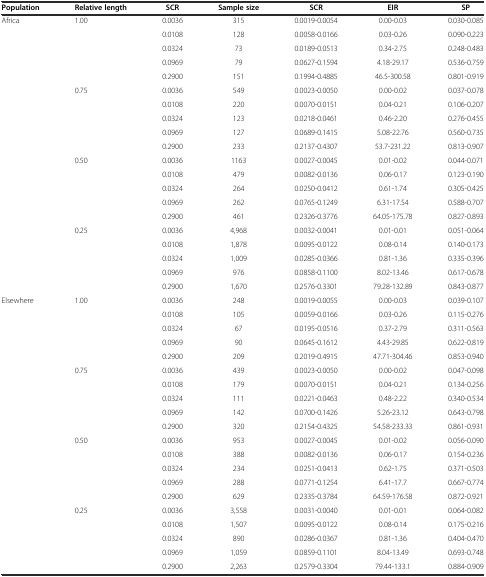
<table><thead><tr><td><b>Population</b></td><td><b>Relative length</b></td><td><b>SCR</b></td><td><b>Sample size</b></td><td><b>SCR</b></td><td><b>EIR</b></td><td><b>SP</b></td></tr></thead><tbody><tr><td>Africa</td><td>1.00</td><td>0.0036</td><td>315</td><td>0.0019-0.0054</td><td>0.00-0.03</td><td>0.030-0.085</td></tr><tr><td></td><td></td><td>0.0108</td><td>128</td><td>0.0058-0.0166</td><td>0.03-0.26</td><td>0.090-0.223</td></tr><tr><td></td><td></td><td>0.0324</td><td>73</td><td>0.0189-0.0513</td><td>0.34-2.75</td><td>0.248-0.483</td></tr><tr><td></td><td></td><td>0.0969</td><td>79</td><td>0.0627-0.1594</td><td>4.18-29.17</td><td>0.536-0.759</td></tr><tr><td></td><td></td><td>0.2900</td><td>151</td><td>0.1994-0.4885</td><td>46.5-300.58</td><td>0.801-0.919</td></tr><tr><td></td><td>0.75</td><td>0.0036</td><td>549</td><td>0.0023-0.0050</td><td>0.00-0.02</td><td>0.037-0.078</td></tr><tr><td></td><td></td><td>0.0108</td><td>220</td><td>0.0070-0.0151</td><td>0.04-0.21</td><td>0.106-0.207</td></tr><tr><td></td><td></td><td>0.0324</td><td>123</td><td>0.0218-0.0461</td><td>0.46-2.20</td><td>0.276-0.455</td></tr><tr><td></td><td></td><td>0.0969</td><td>127</td><td>0.0689-0.1415</td><td>5.08-22.76</td><td>0.560-0.735</td></tr><tr><td></td><td></td><td>0.2900</td><td>233</td><td>0.2137-0.4307</td><td>53.7-231.22</td><td>0.813-0.907</td></tr><tr><td></td><td>0.50</td><td>0.0036</td><td>1163</td><td>0.0027-0.0045</td><td>0.01-0.02</td><td>0.044-0.071</td></tr><tr><td></td><td></td><td>0.0108</td><td>479</td><td>0.0082-0.0136</td><td>0.06-0.17</td><td>0.123-0.190</td></tr><tr><td></td><td></td><td>0.0324</td><td>264</td><td>0.0250-0.0412</td><td>0.61-1.74</td><td>0.305-0.425</td></tr><tr><td></td><td></td><td>0.0969</td><td>262</td><td>0.0765-0.1249</td><td>6.31-17.54</td><td>0.588-0.707</td></tr><tr><td></td><td></td><td>0.2900</td><td>461</td><td>0.2326-0.3776</td><td>64.05-175.78</td><td>0.827-0.893</td></tr><tr><td></td><td>0.25</td><td>0.0036</td><td>4,968</td><td>0.0032-0.0041</td><td>0.01-0.01</td><td>0.051-0.064</td></tr><tr><td></td><td></td><td>0.0108</td><td>1,878</td><td>0.0095-0.0122</td><td>0.08-0.14</td><td>0.140-0.173</td></tr><tr><td></td><td></td><td>0.0324</td><td>1,009</td><td>0.0285-0.0366</td><td>0.81-1.36</td><td>0.335-0.396</td></tr><tr><td></td><td></td><td>0.0969</td><td>976</td><td>0.0858-0.1100</td><td>8.02-13.46</td><td>0.617-0.678</td></tr><tr><td></td><td></td><td>0.2900</td><td>1,670</td><td>0.2576-0.3301</td><td>79.28-132.89</td><td>0.843-0.877</td></tr><tr><td>Elsewhere</td><td>1.00</td><td>0.0036</td><td>248</td><td>0.0019-0.0055</td><td>0.00-0.03</td><td>0.039-0.107</td></tr><tr><td></td><td></td><td>0.0108</td><td>105</td><td>0.0059-0.0166</td><td>0.03-0.26</td><td>0.115-0.276</td></tr><tr><td></td><td></td><td>0.0324</td><td>67</td><td>0.0195-0.0516</td><td>0.37-2.79</td><td>0.311-0.563</td></tr><tr><td></td><td></td><td>0.0969</td><td>90</td><td>0.0645-0.1612</td><td>4.43-29.85</td><td>0.622-0.819</td></tr><tr><td></td><td></td><td>0.2900</td><td>209</td><td>0.2019-0.4915</td><td>47.71-304.46</td><td>0.853-0.940</td></tr><tr><td></td><td>0.75</td><td>0.0036</td><td>439</td><td>0.0023-0.0050</td><td>0.00-0.02</td><td>0.047-0.098</td></tr><tr><td></td><td></td><td>0.0108</td><td>179</td><td>0.0070-0.0151</td><td>0.04-0.21</td><td>0.134-0.256</td></tr><tr><td></td><td></td><td>0.0324</td><td>111</td><td>0.0221-0.0463</td><td>0.48-2.22</td><td>0.340-0.534</td></tr><tr><td></td><td></td><td>0.0969</td><td>142</td><td>0.0700-0.1426</td><td>5.26-23.12</td><td>0.643-0.798</td></tr><tr><td></td><td></td><td>0.2900</td><td>320</td><td>0.2154-0.4325</td><td>54.58-233.33</td><td>0.861-0.931</td></tr><tr><td></td><td>0.50</td><td>0.0036</td><td>953</td><td>0.0027-0.0045</td><td>0.01-0.02</td><td>0.056-0.090</td></tr><tr><td></td><td></td><td>0.0108</td><td>388</td><td>0.0082-0.0136</td><td>0.06-0.17</td><td>0.154-0.236</td></tr><tr><td></td><td></td><td>0.0324</td><td>234</td><td>0.0251-0.0413</td><td>0.62-1.75</td><td>0.371-0.503</td></tr><tr><td></td><td></td><td>0.0969</td><td>288</td><td>0.0771-0.1254</td><td>6.41-17.7</td><td>0.667-0.774</td></tr><tr><td></td><td></td><td>0.2900</td><td>629</td><td>0.2335-0.3784</td><td>64.59-176.58</td><td>0.872-0.921</td></tr><tr><td></td><td>0.25</td><td>0.0036</td><td>3,558</td><td>0.0031-0.0040</td><td>0.01-0.01</td><td>0.064-0.082</td></tr><tr><td></td><td></td><td>0.0108</td><td>1,507</td><td>0.0095-0.0122</td><td>0.08-0.14</td><td>0.175-0.216</td></tr><tr><td></td><td></td><td>0.0324</td><td>890</td><td>0.0286-0.0367</td><td>0.81-1.36</td><td>0.404-0.470</td></tr><tr><td></td><td></td><td>0.0969</td><td>1,059</td><td>0.0859-0.1101</td><td>8.04-13.49</td><td>0.693-0.748</td></tr><tr><td></td><td></td><td>0.2900</td><td>2,263</td><td>0.2579-0.3304</td><td>79.44-133.1</td><td>0.884-0.909</td></tr></tbody></table>